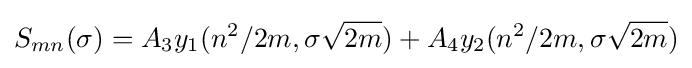
S_{mn}(\sigma )=A_{3}y_{1}(n^{2}/2m,\sigma {\sqrt {2m}})+A_{4}y_{2}(n^{2}/2m,\sigma {\sqrt {2m}})